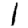
Digit: 1